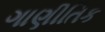
ગાણીતિક